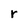
Character: r